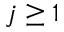
j \geq 1